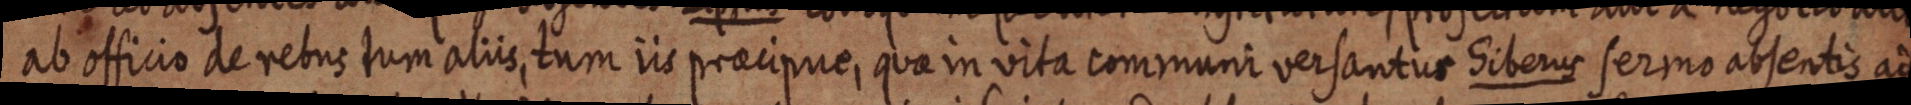
ab officio de rebus tum aliis, tum iis praecipue, quae in vita communi versantus Siberus sermo absentis ad